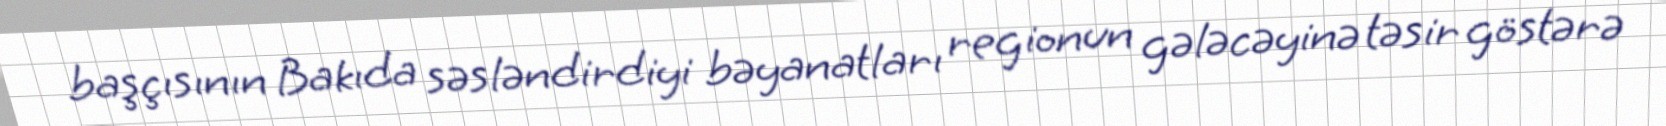
başçısının Bakıda səsləndirdiyi bəyanatları regionun gələcəyinə təsir göstərə